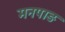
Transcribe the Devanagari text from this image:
मनपाङ